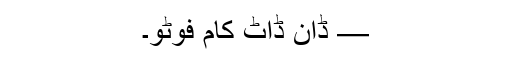
— ڈان ڈاٹ کام فوٹو۔